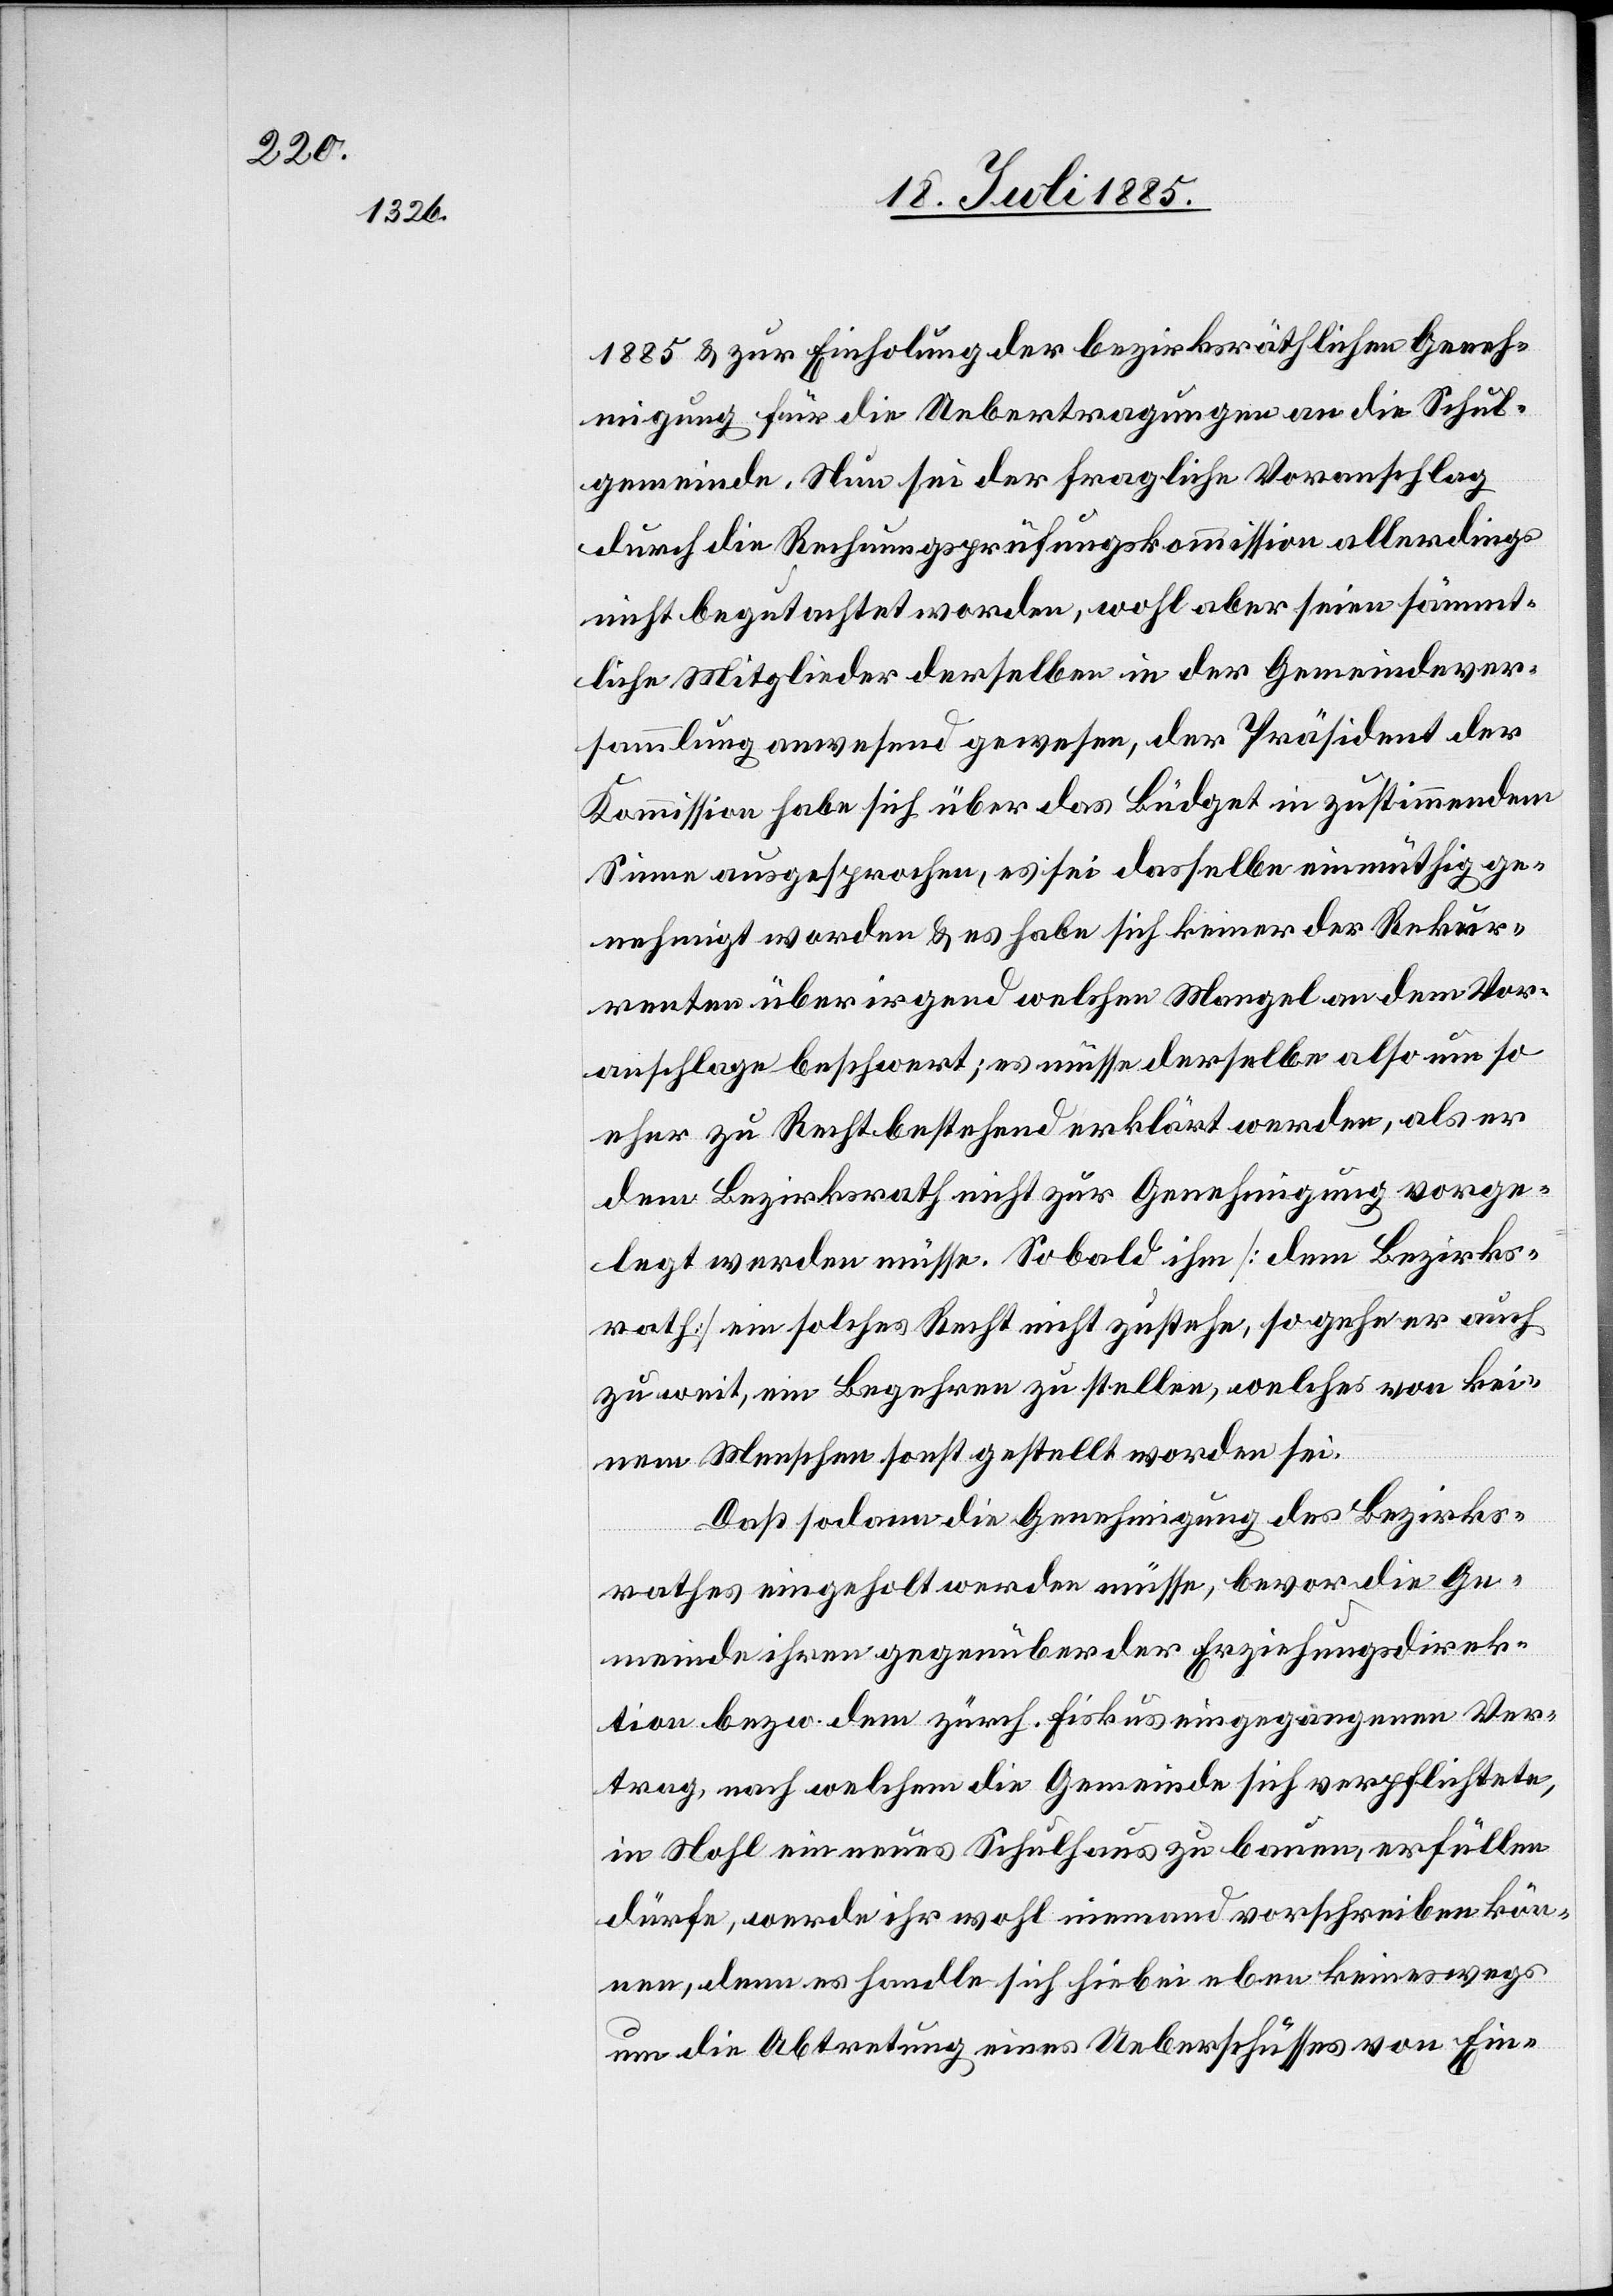
1885 & zur Einholung der bezirksräthlichen Geneh¬
migung für die Übertragungen an die Schul¬
gemeinde. Nun sei der fragliche Voranschlag
durch die Rechnungsprüfungskommission allerdings
nicht begutachtet worden, wohl aber seien sämmt¬
liche Mitglieder derselben in der Gemeindever¬
sammlung anwesend gewesen, der Präsident der
Kommission habe sich über das Büdget in zustimmendem
Sinne ausgesprochen, es sei dasselbe einmüthig ge¬
nehmigt worden & es habe sich keiner der Rekur¬
renten über irgend welchen Mangel an dem Vor¬
anschlage beschwert; es müsse derselbe also um so
eher zu Recht bestehend erklärt werden, als er
dem Bezirksrath nicht zur Genehmigung vorge¬
legt werden müsse. Sobald ihm [dem Bezirks¬
rath] ein solches Recht nicht zustehe, so gehe er auch
zu weit, ein Begehren zu stellen, welches von kei¬
nem Menschen sonst gestellt worden sei.
Das sodann die Genehmigung des Bezirks¬
rathes eingeholt werden müsse, bevor die Ge¬
meinde ihren gegenüber der Erziehungsdirek¬
tion bezw. dem zürch. Fiskus eingegangenen Ver¬
trag, nach welchem die Gemeinde sich verpflichtete,
in Nohl ein neues Schulhaus zu bauen, erfüllen
dürfe, werde ihr wohl niemand vorschreiben kön¬
ne, denn es handle sich hiebei eben keineswegs
um die Abtretung eines Ueberschusses von Ein-